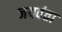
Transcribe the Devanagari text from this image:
जयवंता